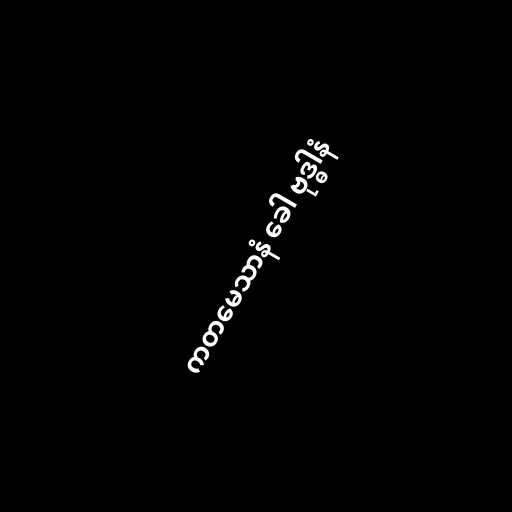
ကတမေသာနံ ခေါ ဗုဒ္ဓါနံ